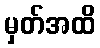
မှတ်အထိ